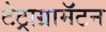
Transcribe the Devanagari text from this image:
टेट्राग्रामॅटन